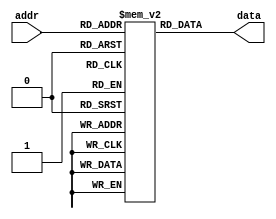
module param_rom #(
    parameter ADDR_WIDTH = 4,  // Number of address bits
    parameter DATA_WIDTH = 8    // Width of data stored
)(
    input  wire [ADDR_WIDTH-1:0] addr, // Address input
    output reg  [DATA_WIDTH-1:0] data   // Data output
);

// ROM initialization with predefined values
// The size of the ROM is 2^ADDR_WIDTH
reg [DATA_WIDTH-1:0] rom [0:(1 << ADDR_WIDTH) - 1];

// Initial block to load predefined values into the ROM
initial begin
    // Example initialization (you can modify these values)
    rom[0]  = 8'h00;
    rom[1]  = 8'h01;
    rom[2]  = 8'h02;
    rom[3]  = 8'h03;
    rom[4]  = 8'h04;
    rom[5]  = 8'h05;
    rom[6]  = 8'h06;
    rom[7]  = 8'h07;
    // Add more initial values as needed
end

// Always block to provide data output based on address input
always @(*) begin
    data = rom[addr]; // Read data from ROM at the specified address
end

endmodule